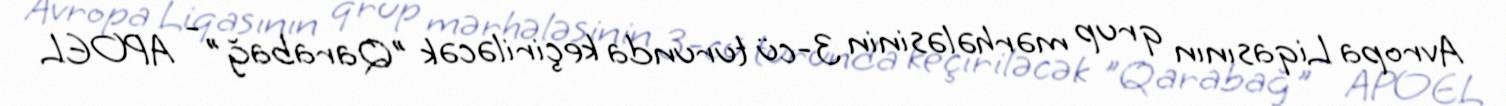
Avropa Liqasının qrup mərhələsinin 3-cü turunda keçiriləcək "Qarabağ" - APOEL